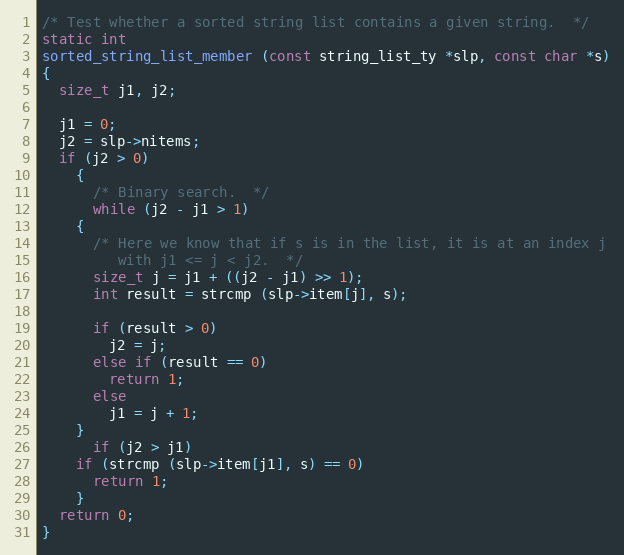
Language: C
/* Test whether a sorted string list contains a given string.  */
static int
sorted_string_list_member (const string_list_ty *slp, const char *s)
{
  size_t j1, j2;

  j1 = 0;
  j2 = slp->nitems;
  if (j2 > 0)
    {
      /* Binary search.  */
      while (j2 - j1 > 1)
	{
	  /* Here we know that if s is in the list, it is at an index j
	     with j1 <= j < j2.  */
	  size_t j = j1 + ((j2 - j1) >> 1);
	  int result = strcmp (slp->item[j], s);

	  if (result > 0)
	    j2 = j;
	  else if (result == 0)
	    return 1;
	  else
	    j1 = j + 1;
	}
      if (j2 > j1)
	if (strcmp (slp->item[j1], s) == 0)
	  return 1;
    }
  return 0;
}